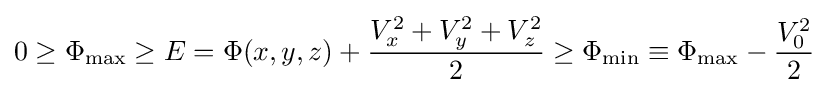
0\geq \Phi _{\max }\geq E=\Phi (x,y,z)+{V_{x}^{2}+V_{y}^{2}+V_{z}^{2} \over 2}\geq \Phi _{\min }\equiv \Phi _{\max }-{V_{0}^{2} \over 2}